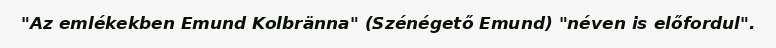
"Az emlékekben Emund Kolbränna" (Szénégető Emund) "néven is előfordul".